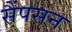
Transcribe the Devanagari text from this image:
सैंपसन